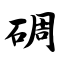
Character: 碉